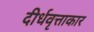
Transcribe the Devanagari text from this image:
दीर्धवृत्ताकार